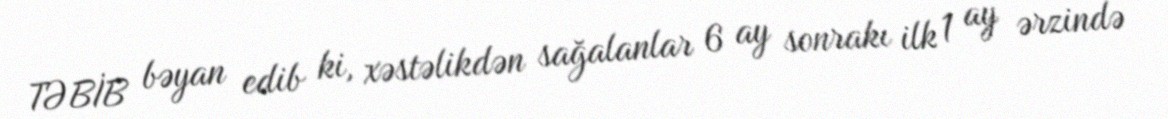
TƏBİB bəyan edib ki, xəstəlikdən sağalanlar 6 ay sonrakı ilk 1 ay ərzində